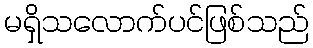
မရှိသလောက်ပင်ဖြစ်သည်